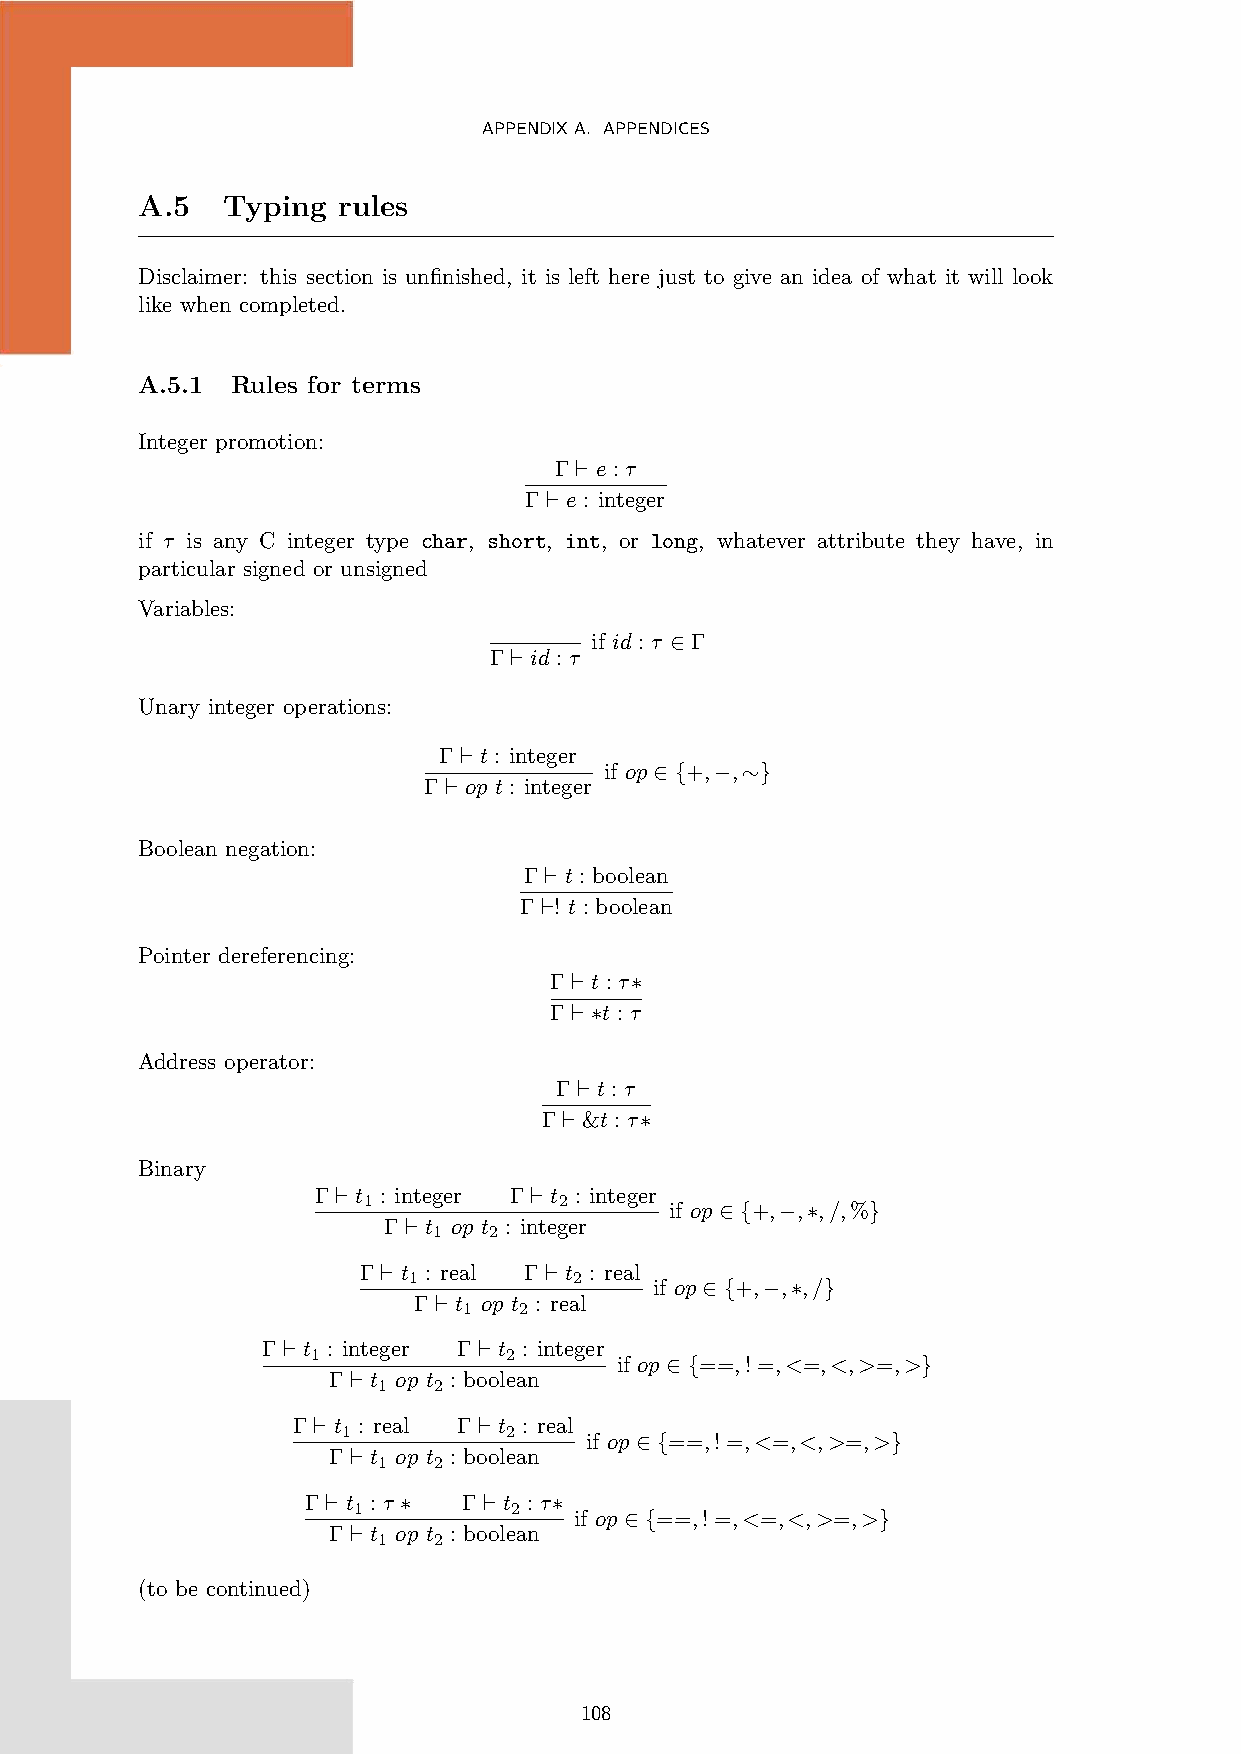
APPENDIXA. APPENDICES
 A.5   Typing rules
 Disclaimer: this section is unfinished, it is left here just to give an idea of what it will look
 like when completed.
 A.5.1 Rules for terms
 Integer promotion:
 Γ ‘ e : τ
 Γ ‘ e : integer
 if τ is any C integer type char, short, int, or long, whatever attribute they have, in
 particular signed or unsigned
 Variables:
 if id : τ ∈ Γ
 Γ ‘ id : τ
 Unary integer operations:
 Γ ‘ t : integer
 if op ∈ {+,−,∼}
 Γ ‘ op t : integer
 Boolean negation:
 Γ ‘ t : boolean
 Γ ‘! t : boolean
 Pointer dereferencing:
 Γ ‘ t : τ∗
 Γ ‘ ∗t : τ
 Address operator:
 Γ ‘ t : τ
 Γ ‘ &t : τ∗
 Binary
 Γ ‘ t : integer Γ ‘ t : integer
 1            2
 if op ∈ {+,−,∗,/,%}
 Γ ‘ t op t : integer
 1  2
 Γ ‘ t : real Γ ‘ t : real
 1          2
 if op ∈ {+,−,∗,/}
 Γ ‘ t op t : real
 1  2
 Γ ‘ t : integer Γ ‘ t : integer
 1           2
 if op ∈ {==,! =,<=,<,>=,>}
 Γ ‘ t op t : boolean
 1   2
 Γ ‘ t : real Γ ‘ t : real
 1         2
 if op ∈ {==,! =,<=,<,>=,>}
 Γ ‘ t op t : boolean
 1   2
 Γ ‘ t : τ ∗ Γ ‘ t : τ∗
 1          2
 if op ∈ {==,! =,<=,<,>=,>}
 Γ ‘ t op t : boolean
 1   2
 (to be continued)
 108